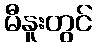
မီနူးတွင်